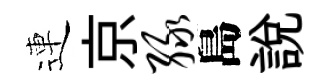
連京绿島說